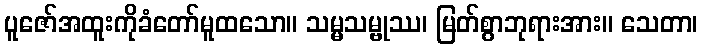
ပူဇော်အထူးကိုခံတော်မူထသော။ သမ္မသမ္ဗုဿ၊ မြတ်စွာဘုရားအား။ သေတာ၊